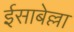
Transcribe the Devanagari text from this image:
ईसाबेल्ला